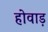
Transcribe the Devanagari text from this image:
होवाड़